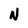
Character: N